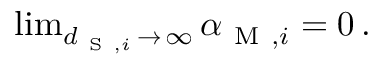
\begin{array} { r } { \operatorname* { l i m } _ { d _ { \mathrm { ~ S ~ } , i } \, \to \, \infty } \alpha _ { \mathrm { ~ M ~ } , i } = 0 \, . } \end{array}